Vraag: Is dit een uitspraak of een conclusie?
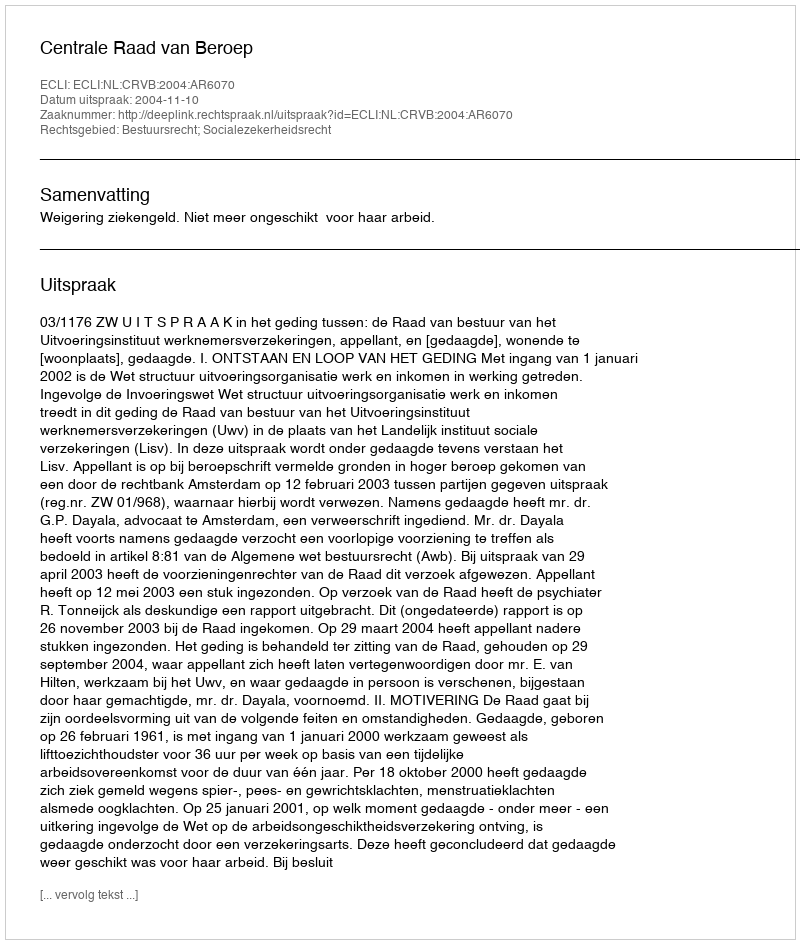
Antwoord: Uitspraak